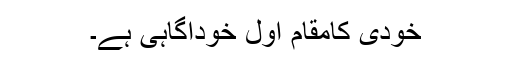
خودی کامقام اوّل خودآگاہی ہے۔